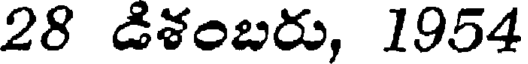
28 డిశంబరు, 1954